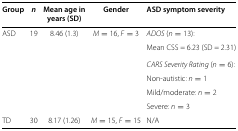
<table><thead><tr><td><b>Group</b></td><td><b><i>n</i></b></td><td><b>Mean age in</b></td><td><b>Gender</b></td><td><b>ASD symptom severity</b></td></tr><tr><td><b> </b></td><td><b> </b></td><td><b>years (SD)</b></td><td><b> </b></td><td><b> </b></td></tr></thead><tbody><tr><td>ASD</td><td>19</td><td>8.46 (1.3)</td><td><i>M</i>=16, <i>F</i>=3</td><td><i>ADOS</i> (<i>n</i>=13):</td></tr><tr><td> </td><td> </td><td> </td><td> </td><td>Mean CSS = 6.23 (SD = 2.31)</td></tr><tr><td> </td><td> </td><td> </td><td> </td><td><i>CARS Severity Rating</i> (<i>n</i>=6):</td></tr><tr><td> </td><td> </td><td> </td><td> </td><td>Non-autistic: <i>n</i>=1</td></tr><tr><td> </td><td> </td><td> </td><td> </td><td>Mild/moderate: <i>n</i>=2</td></tr><tr><td> </td><td> </td><td> </td><td> </td><td>Severe: <i>n</i>=3</td></tr><tr><td>TD</td><td>30</td><td>8.17 (1.26)</td><td><i>M</i>=15, <i>F</i>=15</td><td>N/A</td></tr></tbody></table>